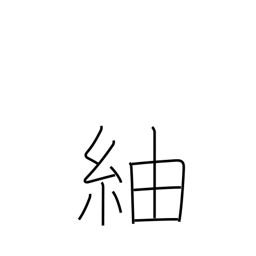
Meaning: pongee (a knotted silk cloth)